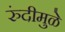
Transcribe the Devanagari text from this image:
रुंदीमुळे